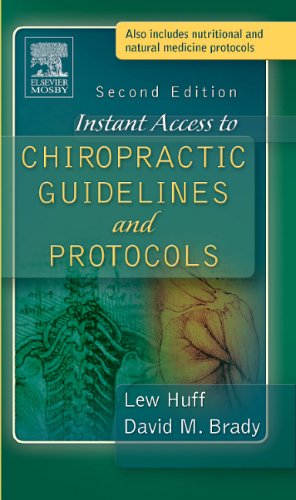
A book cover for Instant Access to Chiropractic Guidelines and Protocols, 2e; Lew Huff DC; Medical Books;